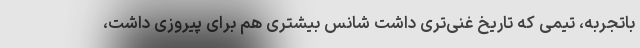
باتجربه، تیمی که تاریخ غنی‌تری داشت شانس بیشتری هم برای پیروزی داشت،